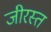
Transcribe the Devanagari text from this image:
जीरस्त